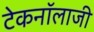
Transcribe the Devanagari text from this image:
टेकनॉलाजी